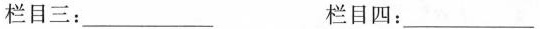
栏目三：___ 栏目四：___